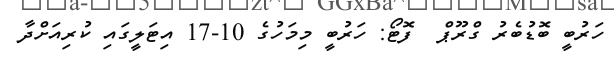
ހަރުބީ ބޮޑުބެރު ގްރޫޕް  ފޮޓޯ: ހަރުބީ މިމަހުގެ 10-17 އިޓަލީގައި ކުރިއަށްދާ